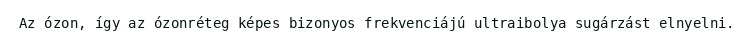
Az ózon, így az ózonréteg képes bizonyos frekvenciájú ultraibolya sugárzást elnyelni.